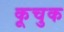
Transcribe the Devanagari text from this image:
कूचुक